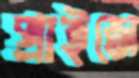
প্রাইজে